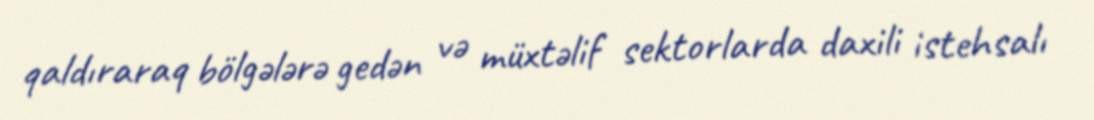
qaldıraraq bölgələrə gedən və müxtəlif sektorlarda daxili istehsalı